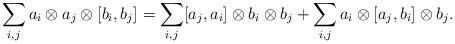
LaTeX: \begin{align*}\sum_{i,j} a_i\otimes a_j\otimes [b_i,b_j]=\sum_{i,j}[a_j,a_i]\otimes b_i\otimes b_j+\sum_{i,j} a_i\otimes [a_j,b_i]\otimes b_j.\end{align*}